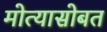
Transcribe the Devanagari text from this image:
मोत्यासोबत